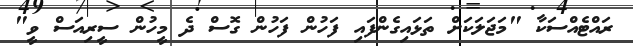
ރައްޓެއްސަކާ "މަޖަލަކަށް ތަޅައިގެންފައި ފަހުން ފަހުން ގޮސް ދެ މީހުން ސީރިއަސް ވީ"